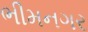
ભીમનગર